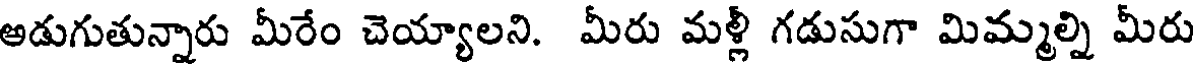
అడుగుతున్నారు మీరేం చెయ్యాలని. మీరు మళ్లీ గడుసుగా మిమ్మల్ని మీరు